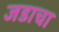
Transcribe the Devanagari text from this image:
जडाचा